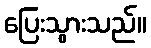
ပြေးသွားသည်။